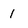
Character: 1